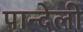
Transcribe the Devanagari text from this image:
पान्देली